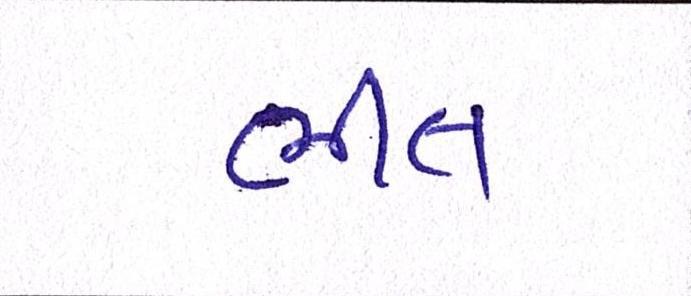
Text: ભીંત